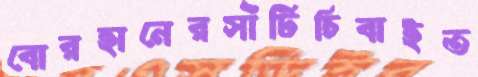
বোরহানেরসাঁটিচিবাইত